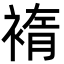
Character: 䙃